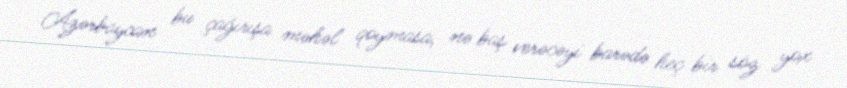
Azərbaycan bu çağırışa məhəl qoymasa, nə baş verəcəyi barədə heç bir söz yox